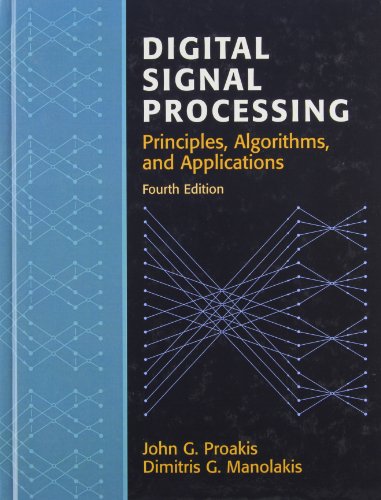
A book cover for Digital Signal Processing (4th Edition); John G. Proakis; Computers & Technology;